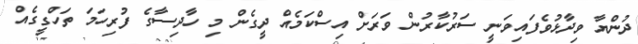
ދުންޔާ ވިދާޅުވެފައިވަނީ ސަރުކާރުން ވަރަށް އިސްކަމެއް ދީގެން މި ހާދިސާގެ ފުރިހަމަ ތަހްގީގެއް